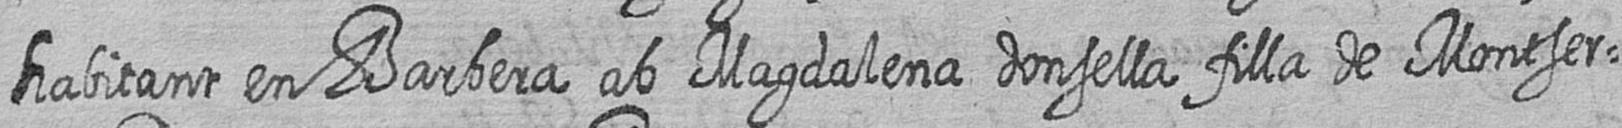
habitant en Barbera ab Magdalena donsella filla de Montser=